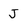
Character: J